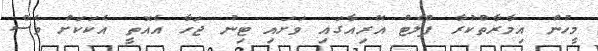
މީހުން އިމާރާތްކުރާ ފްލެޓް އޭރިއާގައި ވަށައި ޓިނު ޖަހާ އެއޮތީ އެކަކަށް ވެސް